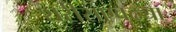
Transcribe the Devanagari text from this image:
शरीराएवढ्या